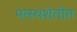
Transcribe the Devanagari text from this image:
मत्स्यशेतीत